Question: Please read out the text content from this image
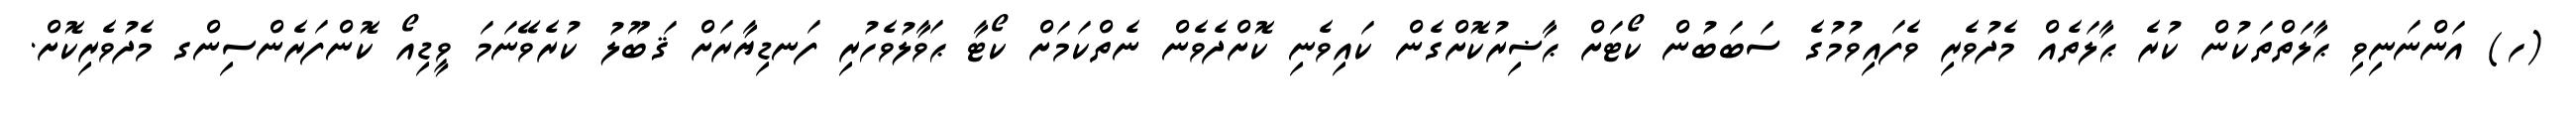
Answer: (ހ) އަންނަނިވި ޙާލަތްތަކުން ކުރެ ޙާލަތެއް މެދުވެރި ވެފައިވުމުގެ ސަބަބުން ކޯޓަށް ޙާޟިރުކޮށްގެން ކައިވެނި ކޮށްދެވެން ނެތްކަމަށް ކޯޓާ ޙަވާލުވެހުރި ފަނޑިޔާރަށް ޤަބޫލު ކުރެވޭނަމަ ވީޑިއޯ ކޮންފަރެންސިންގ މެދުވެރިކޮށް.